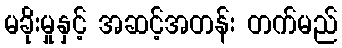
မခိုးမှုနှင့် အဆင့်အတန်း တက်မည်